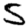
Digit: 5